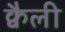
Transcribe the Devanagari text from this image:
क्वैली